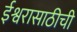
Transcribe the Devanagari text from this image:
ईश्वरासाठीची